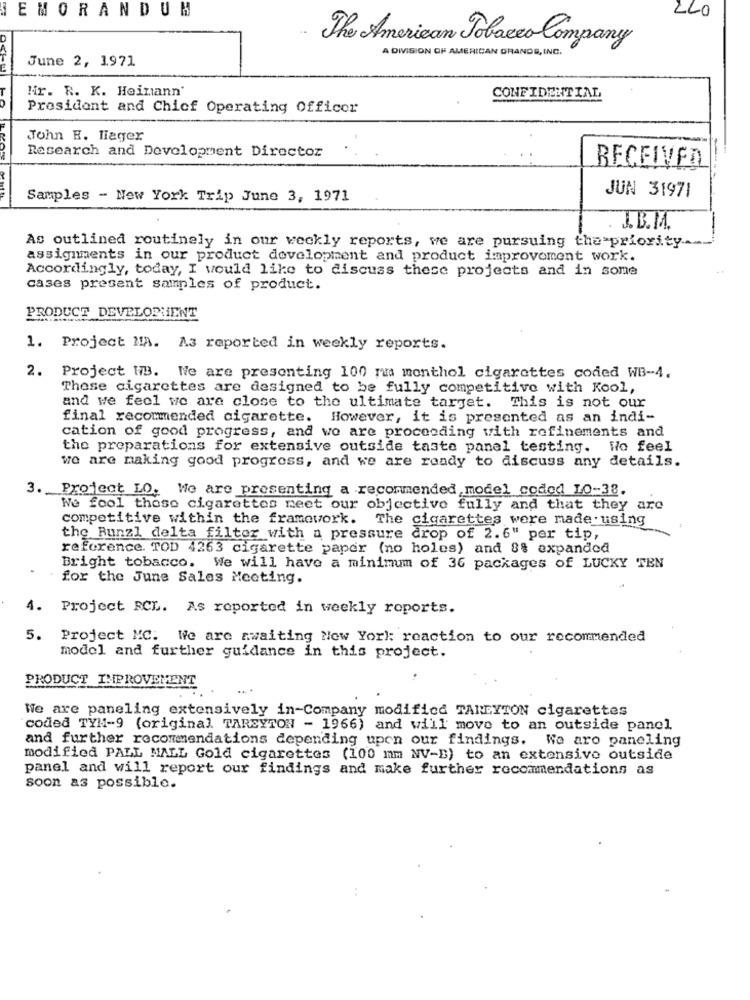
ZLO
EMORANDUM
The American Tobacco Company
A DIVISION OF AMERICAN GRANDS, INC.
June 2, 1971
Mr. R. K. Heimann'
CO
CONFIDENTIAL
President and Chief Operating Officer
John R. llager
Research and Development Director
RECEIVED
Samples - New York Trip June 3, 1971
JUN 31971
J.B.MA.
As outlined routinely in our weekly reports, we are pursuing the priority ...
assignments in our product development and product improvement work.
Accordingly, today, I would like to discuss these projects and in some
cases present samples of product.
PRODUCT DEVELOPMENT
1. Project MA. As reported in weekly reports.
2. Project WB. We are presenting 100 mm monthol cigarettes coded WB-4.
These cigarettes are designed to be fully competitive with Kool,
and we feel we are close to the ultimate target. This is not our
final recommended cigarette. However, it is presented as an indi-
cation of good progress, and wo are proceeding with refinements and
the preparations for extensive outside taste panel testing. Wo feel
we are making good progress, and we are ready to discuss any details.
3. Project LO. We are presenting a recommended model coded LO-38.
We fool those cigarettes meet our objective fully and that they are
competitive within the framework. The cigarettes were made using
the Runzl delta filter with a pressure drop of 2.6" per tip,
reference. TOD 4263 cigarette paper (no holes) and 3% expanded
Bright tobacco. We will have a minimum of 36 packages of LUCKY TEN
for the June Sales Meeting.
4. Project RCL. As reported in weekly roports.
5. Project MC: We are awaiting New York: reaction to our recommended
model and further guidance in this project.
PRODUCT IMPROVEMENT
Wie are paneling extensively in-Company modified TARLYTON cigarettes
coded TYN-9 (original TAREYTON - 1966) and will move to an outside panel
and further recommendations depending upon our findings. We aro paneling
modified PALL MALL Gold cigarettes (100 mm NV-B) to an extensive outside
panel and will report our findings and make further recommendations as
soon as possible.